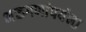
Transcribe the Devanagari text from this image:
भक्तगणांपर्यन्त